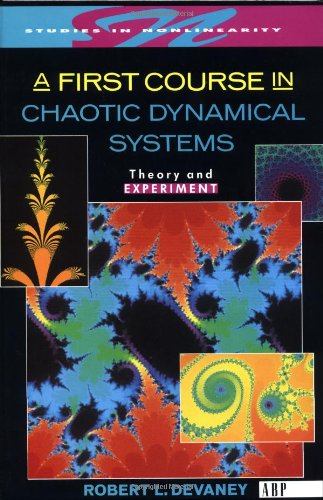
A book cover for A First Course In Chaotic Dynamical Systems: Theory And Experiment (Studies in Nonlinearity); Robert L. Devaney; Science & Math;